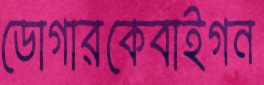
ডোগারকেবাইগন